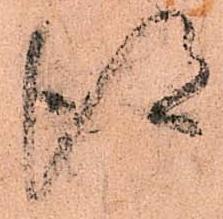
得